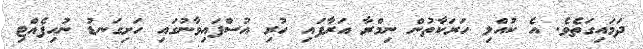
ދަމައިގަތެވެ. އެ ކުއްލި ހަރަކާތުން ނިމްރާ އަރާފައި ހުރި އުސްފައިވާނުގައި ހަށިގަނޑު ނުހިފެއްޓި